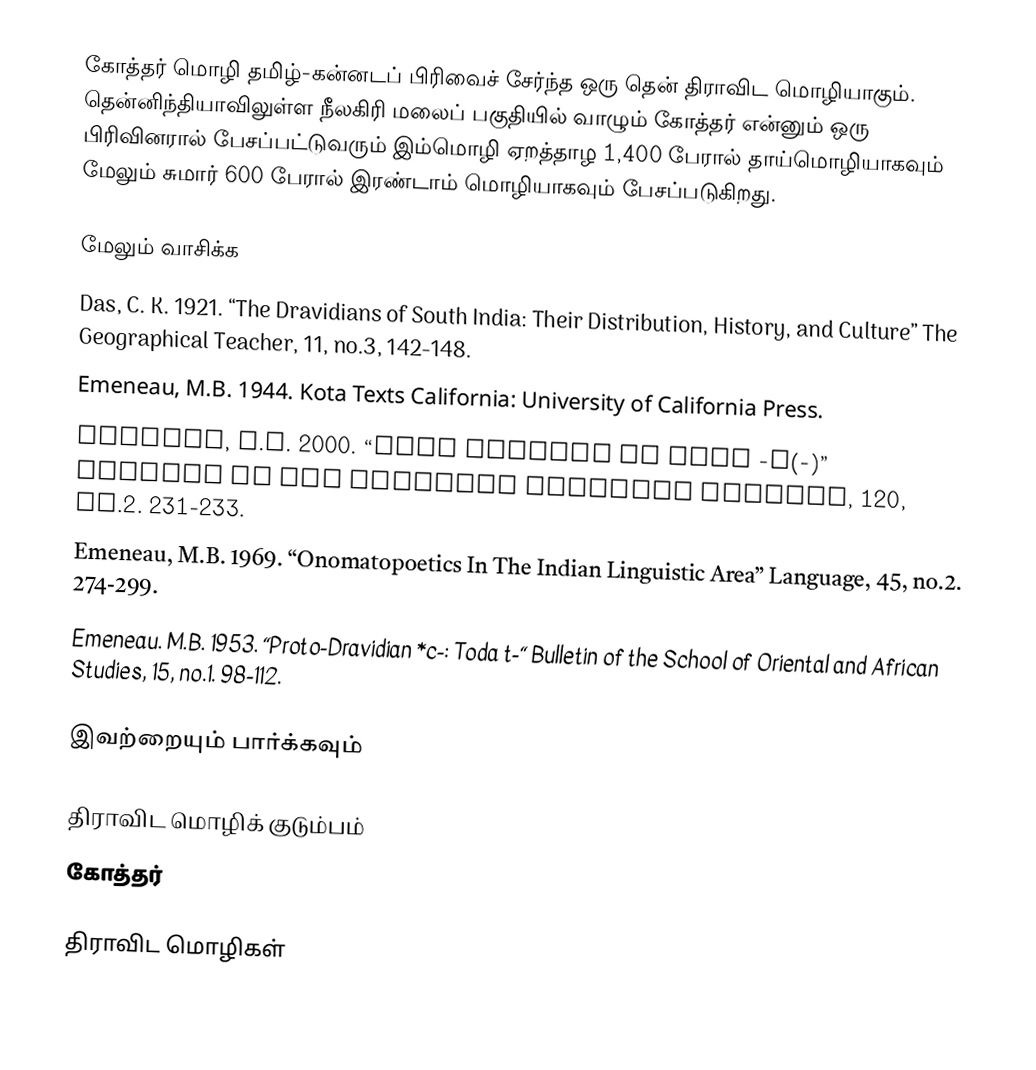
கோத்தர் மொழி தமிழ்-கன்னடப் பிரிவைச் சேர்ந்த ஒரு தென் திராவிட மொழியாகும். தென்னிந்தியாவிலுள்ள நீலகிரி மலைப் பகுதியில் வாழும் கோத்தர் என்னும் ஒரு பிரிவினரால் பேசப்பட்டுவரும் இம்மொழி ஏறத்தாழ 1,400 பேரால் தாய்மொழியாகவும் மேலும் சுமார் 600 பேரால் இரண்டாம் மொழியாகவும் பேசப்படுகிறது.

மேலும் வாசிக்க
Das, C. K. 1921. “The Dravidians of South India: Their Distribution, History, and Culture” The Geographical Teacher, 11, no.3, 142-148.
Emeneau, M.B. 1944. Kota Texts California: University of California Press.
Emeneau, M.B.  2000. “Some Origins of Kota -j(-)”  Journal of the American Oriental Society, 120, no.2. 231-233.
Emeneau, M.B. 1969. “Onomatopoetics In The Indian Linguistic Area” Language, 45, no.2. 274-299.
Emeneau. M.B. 1953. “Proto-Dravidian *c-: Toda t-“ Bulletin of the School of Oriental and African Studies, 15, no.1. 98-112.

இவற்றையும் பார்க்கவும்

 திராவிட மொழிக் குடும்பம்
 கோத்தர்

திராவிட மொழிகள்